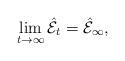
LaTeX: \begin{align*}\lim_{t \to \infty} \mathcal{\hat{E}}_t = \mathcal{\hat{E}}_\infty ,\end{align*}